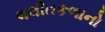
લલીતકળાનો